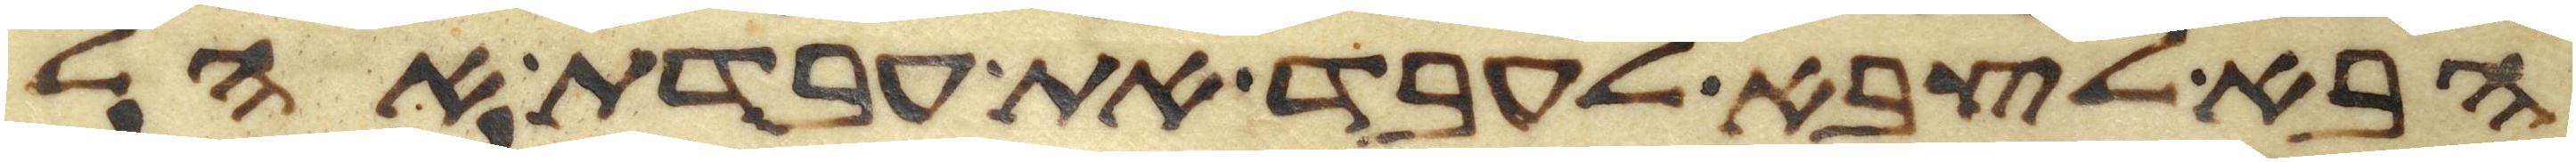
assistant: הבא לצבא לעבד את עבדת אהל